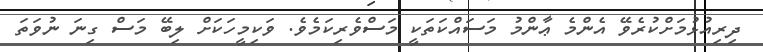
ދިރިއުޅުމަށްކުރެވޭ އެންމެ ޢާންމު މަސައްކަތަކީ މަސްވެރިކަމެވެ. ވަކިމީހަކަށް ލިބޭ މަސް ގިނަ ނުވަތަ